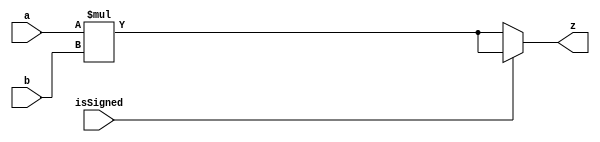
`timescale 1ns / 1ps
//////////////////////////////////////////////////////////////////////////////////
// Company: 
// Engineer: 
// 
// Design Name: 
// Module Name: multy
// Project Name: 
// Target Devices: 
// Tool Versions: 
// Description: 
// 
// Dependencies: 
// 
// Revision:
// Revision 0.01 - File Created
// Additional Comments:
// 
//////////////////////////////////////////////////////////////////////////////////


module multy(
    input [31:0]a,
    input [31:0]b,
    input isSigned,
    output[63:0]z
);

assign z = isSigned ? $signed(a)*$signed(b):a*b;

endmodule